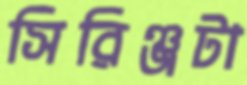
সিরিঞ্জটা